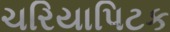
ચરિયાપિટક